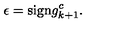
\epsilon = \mathrm { s i g n } g _ { k + 1 } ^ { c } .